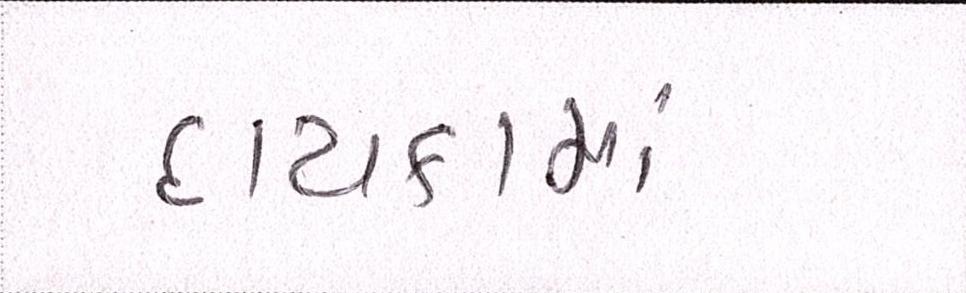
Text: દાયકામાં